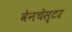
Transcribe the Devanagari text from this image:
वेनचेस्टर